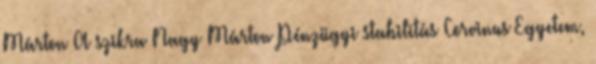
Márton A szikra Nagy Márton Pénzügyi stabilitás Corvinus Egyetem,